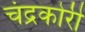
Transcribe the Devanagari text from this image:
चंद्रकोरी